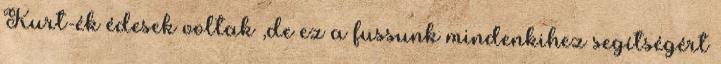
Kurt-ék édesek voltak ,de ez a fussunk mindenkihez segítségért